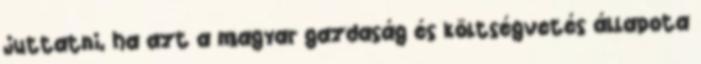
juttatni, ha azt a magyar gazdaság és költségvetés állapota